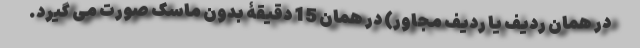
در همان ردیف یا ردیف مجاور) در همان 15 دقیقۀ بدون ماسک صورت می گیرد.